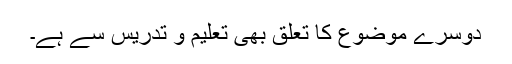
دوسرے موضوع کا تعلق بھی تعلیم و تدریس سے ہے۔